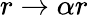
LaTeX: r\to\alpha r